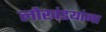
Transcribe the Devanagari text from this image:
लोखंडयांना